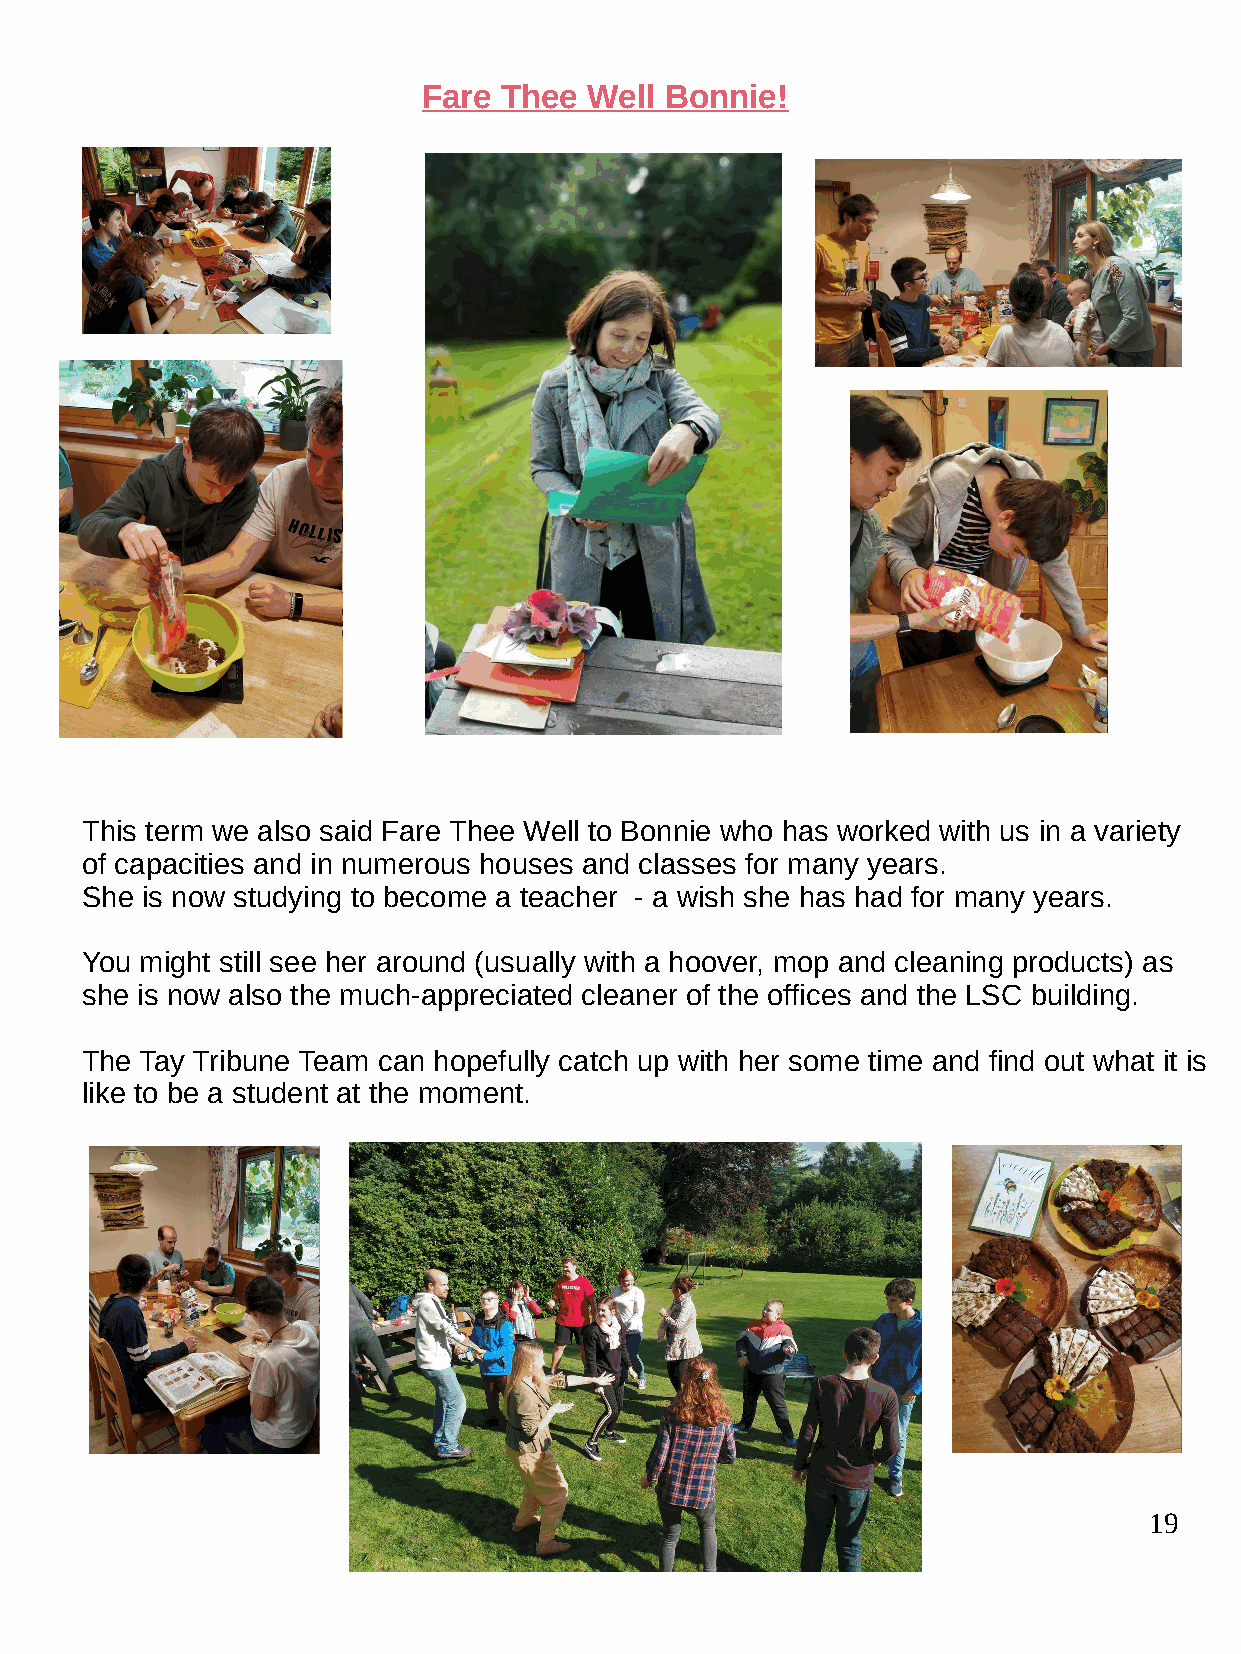
Fare Thee  Well Bonnie!
 This term we also said Fare Thee Well to Bonnie who has worked with us in a variety
 of capacities and in numerous houses and classes for many years.
 She is now studying to become a teacher - a wish she has had for many years.
 You might still see her around (usually with a hoover, mop and cleaning products) as
 she is now also the much-appreciated cleaner of the offices and the LSC building.
 The Tay Tribune Team can hopefully catch up with her some time and find out what it is
 like to be a student at the moment.
 19